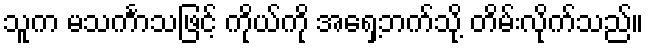
သူက မသင်္ကာသဖြင့် ကိုယ်ကို အရှေ့ဘက်သို့ တိမ်းလိုက်သည်။